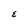
Character: E